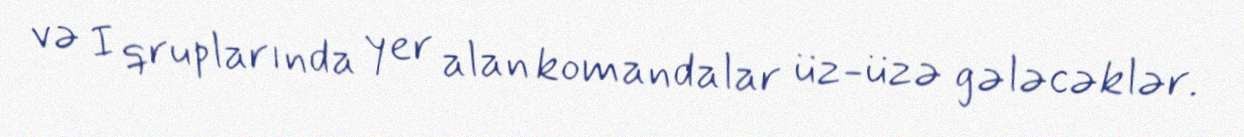
və I qruplarında yer alan komandalar üz-üzə gələcəklər.